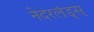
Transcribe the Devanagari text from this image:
नेदरलंड्स्